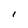
Character: I